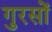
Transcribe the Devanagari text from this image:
गुरसों